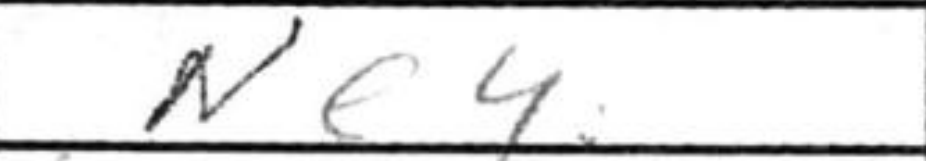
Transcription: Ne4